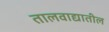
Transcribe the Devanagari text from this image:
तालवाद्यातील